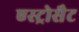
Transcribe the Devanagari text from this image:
एस्ट्रोसैट